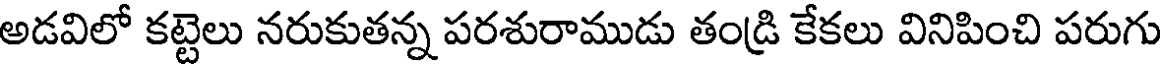
అడవిలో కట్టెలు నరుకుతన్న పరశురాముడు తండ్రి కేకలు వినిపించి పరుగు